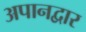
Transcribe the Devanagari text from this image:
अपानद्वार